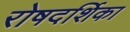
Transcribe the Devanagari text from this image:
रोषदर्शिका